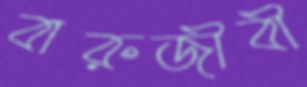
বারুজীবী